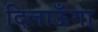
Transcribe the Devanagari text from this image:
दिलाऊँगा